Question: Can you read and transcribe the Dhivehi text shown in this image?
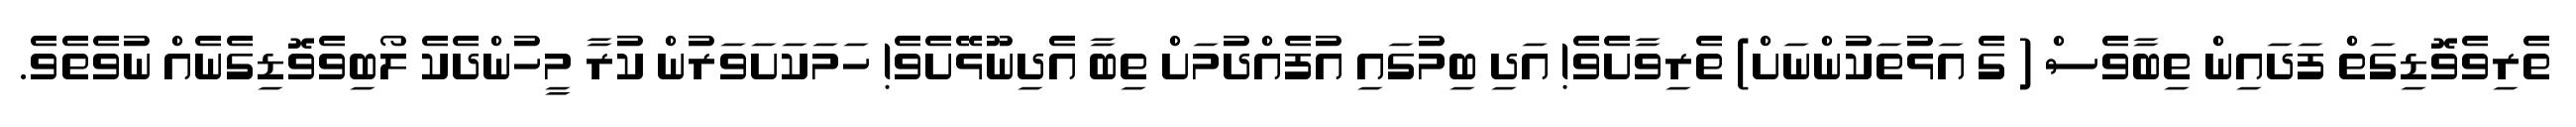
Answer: ތެރިވެވޮޑިގަތް ފަދައިން ތިބާވެސް ( ގެ އަޅުތަކުންނަށް) ތެރިވާށެވެ! އަދި ބިމުގައި އުފެއްދުމަށް ތިބާ އެދިނޫޅޭށެވެ! ހަމަކަށަވަރުން ކުރާ މީހުންދެކެ ލޯބިވެވޮޑިގެނެއް ނުވެތެވެ.